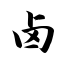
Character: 卤